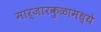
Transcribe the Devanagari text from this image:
मार्जारकुळामध्ये